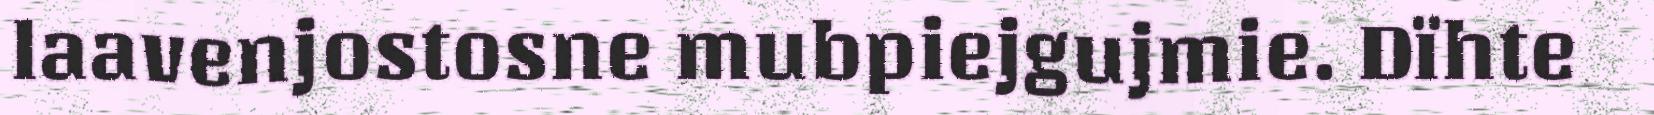
laavenjostosne mubpiejgujmie. Dïhte